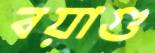
বয়াগু